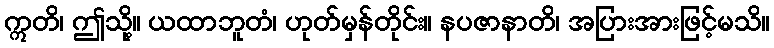
ဣတိ၊ ဤသို့။ ယထာဘူတံ၊ ဟုတ်မှန်တိုင်း။ နပဇာနာတိ၊ အပြားအားဖြင့်မသိ။